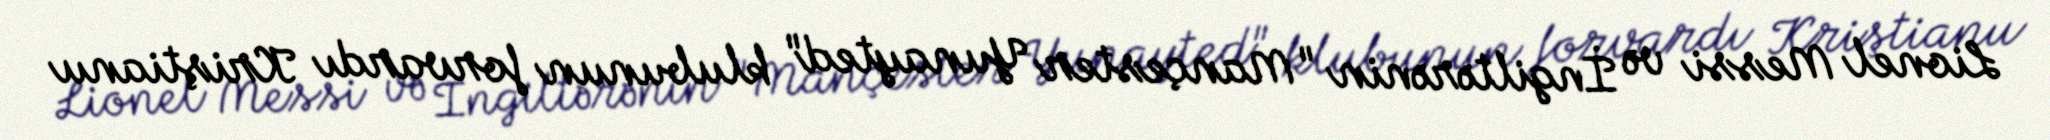
Lionel Messi və İngiltərənin "Mançester Yunayted" klubunun forvardı Kriştianu